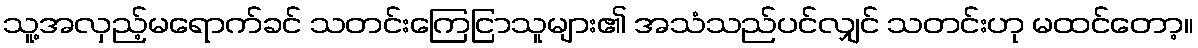
သူ့အလှည့်မရောက်ခင် သတင်းကြေငြာသူများ၏ အသံသည်ပင်လျှင် သတင်းဟု မထင်တော့။